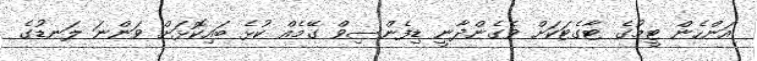
އަންހެން ޓީމުގެ ޓާގެޓަކަށް ވެގެންދާނީ ޑިފެންސިވް ގޭމެއް ކުޅެ ބައިކޮޅަށް ވަންނަ ލަނޑުގެ